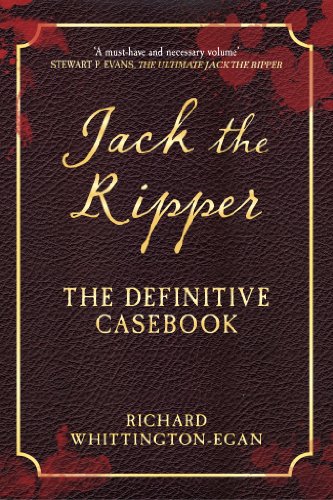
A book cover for Jack the Ripper: The Definitive Casebook; Richard Whittington-Egan; Biographies & Memoirs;